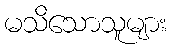
မသိသောသူများ